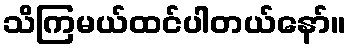
သိကြမယ်ထင်ပါတယ်နော်။